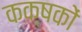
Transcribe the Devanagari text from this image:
कक्षकों